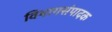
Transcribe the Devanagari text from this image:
विभागसंपादक